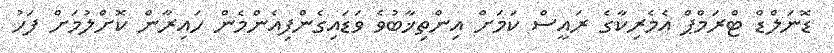
ޑޮނަލްޑް ޓްރަމްޕް އެމެރިކާގެ ރައީސް ކަމަށް އިންތިޚާބުވެ ވަޑައިގެންފިއެންމެން ހައިރާން ކޮށްލުމަށް ފަހު